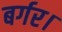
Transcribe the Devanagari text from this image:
बर्गर।